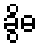
ခွိဓ